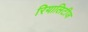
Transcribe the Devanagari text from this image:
रियालिटीज